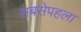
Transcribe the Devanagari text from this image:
सबसेपहला